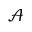
\mathcal { A }